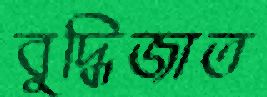
বুদ্ধিজাত